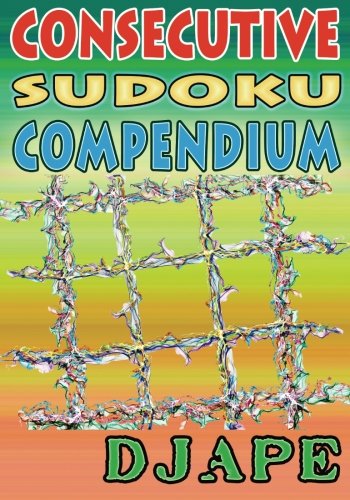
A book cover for Consecutive Sudoku Compendium; Djape; Humor & Entertainment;